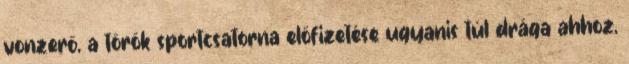
vonzerő, a török sportcsatorna előfizetése ugyanis túl drága ahhoz,